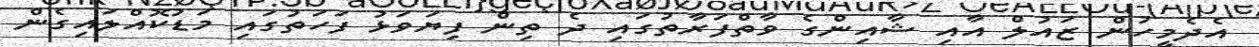
އެދެމީހުން ޒައުލް އާއި ޝާއިންގެ ވާތްފަރާތުގައި ދެ ތިން ފިޔަވަޅު ފަހަތުގައި މަޑުކޮއްލައިގެން